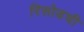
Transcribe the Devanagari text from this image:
रिसोडची